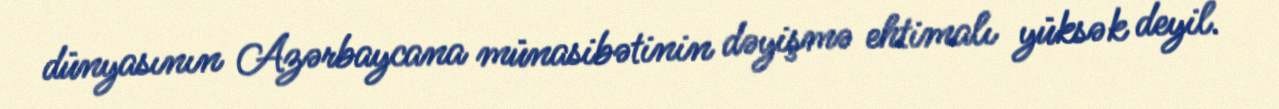
dünyasının Azərbaycana münasibətinin dəyişmə ehtimalı yüksək deyil.